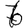
Digit: 6